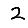
Digit: 2